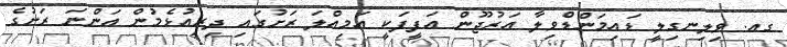
ގއ. ވިލިނގިލީ ޑައިމަންޑްވިލާ އަރުޖޫން އަފީފަކީ އަމިއްލަ ރަށުގައި ދިރިއުޅެމުން އަންނަ ރަށުގެ